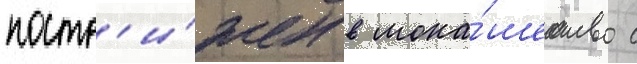
постр'и́жен в мона́шество с